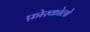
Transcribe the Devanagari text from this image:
फ़ोस्कोलो